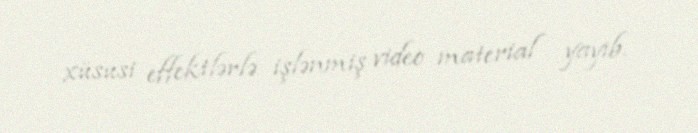
xüsusi effektlərlə işlənmiş video material yayıb.